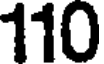
110